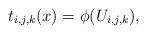
\begin{align*} t_{i,j,k}(x) = \phi(U_{i,j,k}), \end{align*}